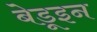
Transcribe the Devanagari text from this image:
बेडूइन